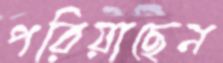
পরিয়াছেন